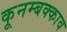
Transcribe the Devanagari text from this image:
कूनम्बक्काव